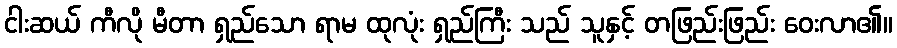
ငါးဆယ် ကီလို မီတာ ရှည်သော ရာမ ထုလုံး ရှည်ကြီး သည် သူနှင့် တဖြည်းဖြည်း ဝေးလာ၏။